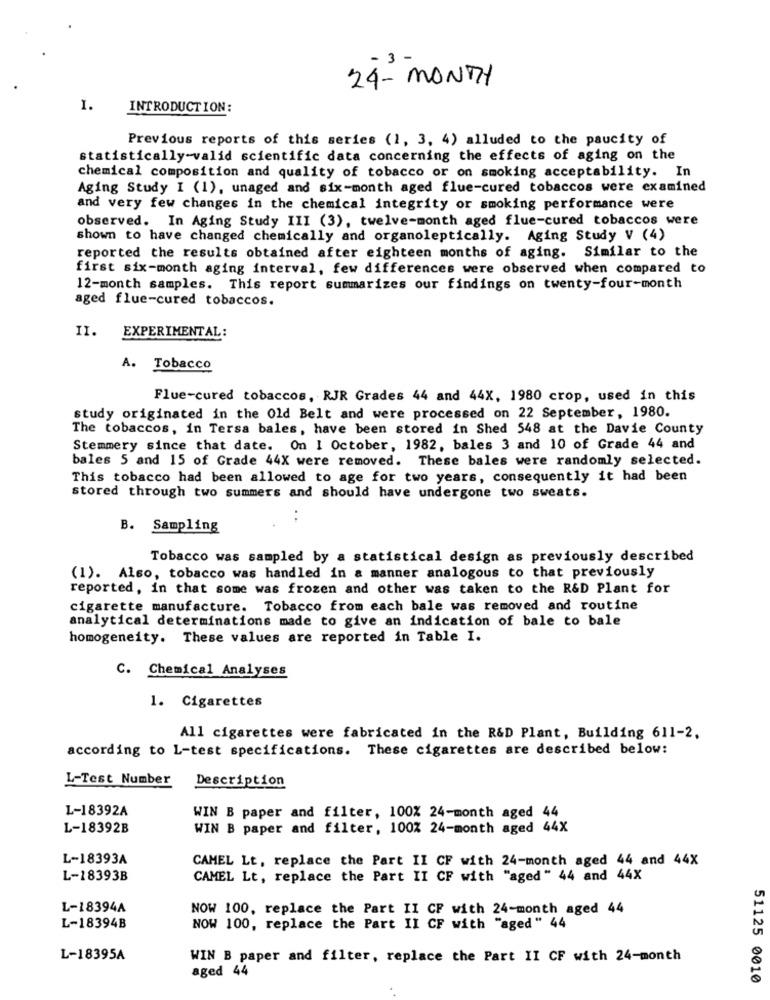
24- MONTH
I.
INTRODUCTION:
Previous reports of this series (1, 3, 4) alluded to the paucity of
statistically-valid scientific data concerning the effects of aging on the
chemical composition and quality of tobacco or on smoking acceptability. In
Aging Study I (1), unaged and six-month aged flue-cured tobaccos were examined
and very few changes in the chemical integrity or smoking performance were
observed. In Aging Study III (3), twelve-month aged flue-cured tobaccos were
shown to have changed chemically and organoleptically. Aging Study V (4)
reported the results obtained after eighteen months of aging. Similar to the
first six-month aging interval, few differences were observed when compared to
12-month samples. This report summarizes our findings on twenty-four-month
aged flue-cured tobaccos.
II.
EXPERIMENTAL:
A. Tobacco
Flue-cured tobaccos, RJR Grades 44 and 44X, 1980 crop, used in this
study originated in the Old Belt and were processed on 22 September, 1980.
The tobaccos, in Tersa bales, have been stored in Shed 548 at the Davie County
Stemmery since that date. On I October, 1982, bales 3 and 10 of Grade 44 and
bales 5 and 15 of Grade 44X were removed. These bales were randomly selected.
This tobacco had been allowed to age for two years, consequently it had been
stored through two summers and should have undergone two sweats.
B. Sampling
Tobacco was sampled by a statistical design as previously described
(1). Also, tobacco was handled in a manner analogous to that previously
reported, in that some was frozen and other was taken to the R&D Plant for
cigarette manufacture. Tobacco from each bale was removed and routine
analytical determinations made to give an indication of bale to bale
homogeneity. These values are reported in Table I.
C. Chemical Analyses
1. Cigarettes
All cigarettes were fabricated in the R&D Plant, Building 611-2.
according to L-test specifications. These cigarettes are described below:
L-Test Number
Description
L-18392A
WIN B paper and filter, 100% 24-month aged 44
L-18392B
WIN B paper and filter, 100% 24-month aged 44X
L-18393A
CAMEL Lt, replace the Part II CF with 24-month aged 44 and 44X
L-18393B
CAMEL Lt, replace the Part II CF with "aged" 44 and 44X
L-18394A
NOW 100, replace the Part II CF with 24-month aged 44
L-18394B
NOW 100, replace the Part II CF with "aged" 44
L-18395A
WIN B paper and filter, replace the Part II CF with 24-month
aged 44
51125 0010